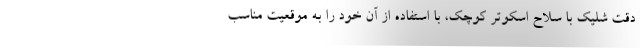
دقت شلیک با سلاح اسکوتر کوچک، با استفاده از آن خود را به موقعیت مناسب